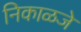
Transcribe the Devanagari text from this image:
निकाळजे